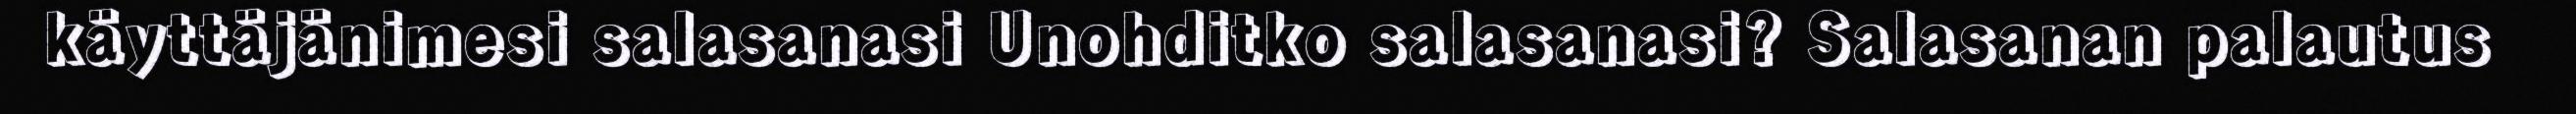
käyttäjänimesi salasanasi Unohditko salasanasi? Salasanan palautus